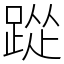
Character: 踨